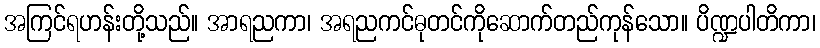
အကြင်ရဟန်းတို့သည်။ အာရညကာ၊ အရညကင်ဓုတင်ကိုဆောက်တည်ကုန်သော။ ပိဏ္ဍပါတိကာ၊